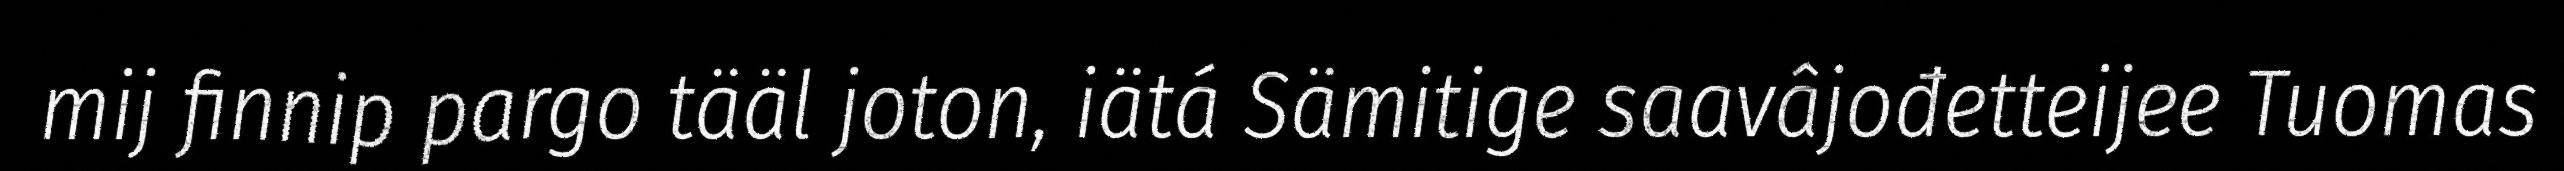
mij finnip pargo tääl joton, iätá Sämitige saavâjođetteijee Tuomas